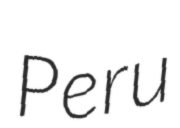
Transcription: Peru